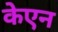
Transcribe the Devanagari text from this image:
केएन